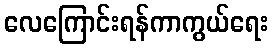
လေကြောင်းရန်ကာကွယ်ရေး